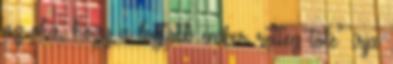
az oka, hogy a legtöbb ember retteg tőle" írja